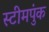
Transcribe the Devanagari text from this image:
स्टीमपुंक